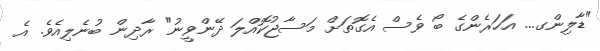
"ޑާލިންގ... އަހަރެންގެ ބޯ ވެސް އެގޮތަށް މަސާޖުކޮއްލަ ދޭންވީނު" ރާދިން ބުނެލިއެވެ. އެ